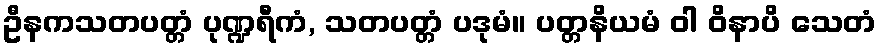
ဦနကသတပတ္တံ ပုဏ္ဍရီကံ, သတပတ္တံ ပဒုမံ။ ပတ္တနိယမံ ဝါ ဝိနာပိ သေတံ